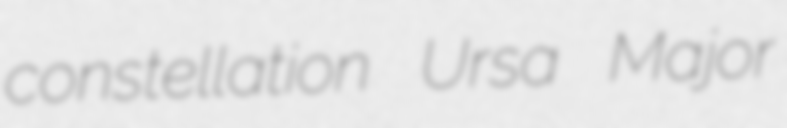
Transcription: constellation Ursa Major